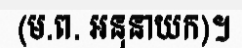
(ម.ព. អនុនាយក)។